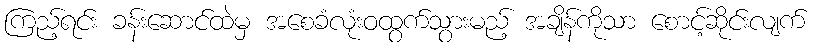
ကြည့်ရင်း ခန်းဆောင်ထဲမှ အစေခံလုံးဝထွက်သွားမည့် အချိန်ကိုသာ စောင့်ဆိုင်းလျက်